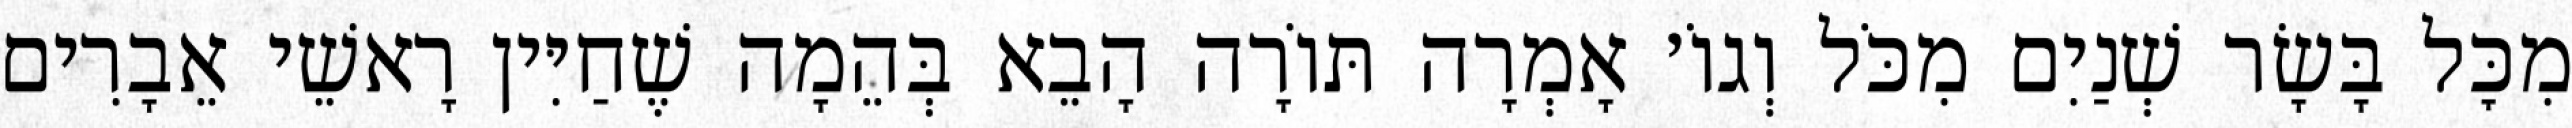
מִכׇּל בָּשָׂר שְׁנַיִם מִכֹּל וְגוֹ׳ אָמְרָה תּוֹרָה הָבֵא בְּהֵמָה שֶׁחַיִּין רָאשֵׁי אֵבָרִים